Virumaa_algkoolid, lk 53
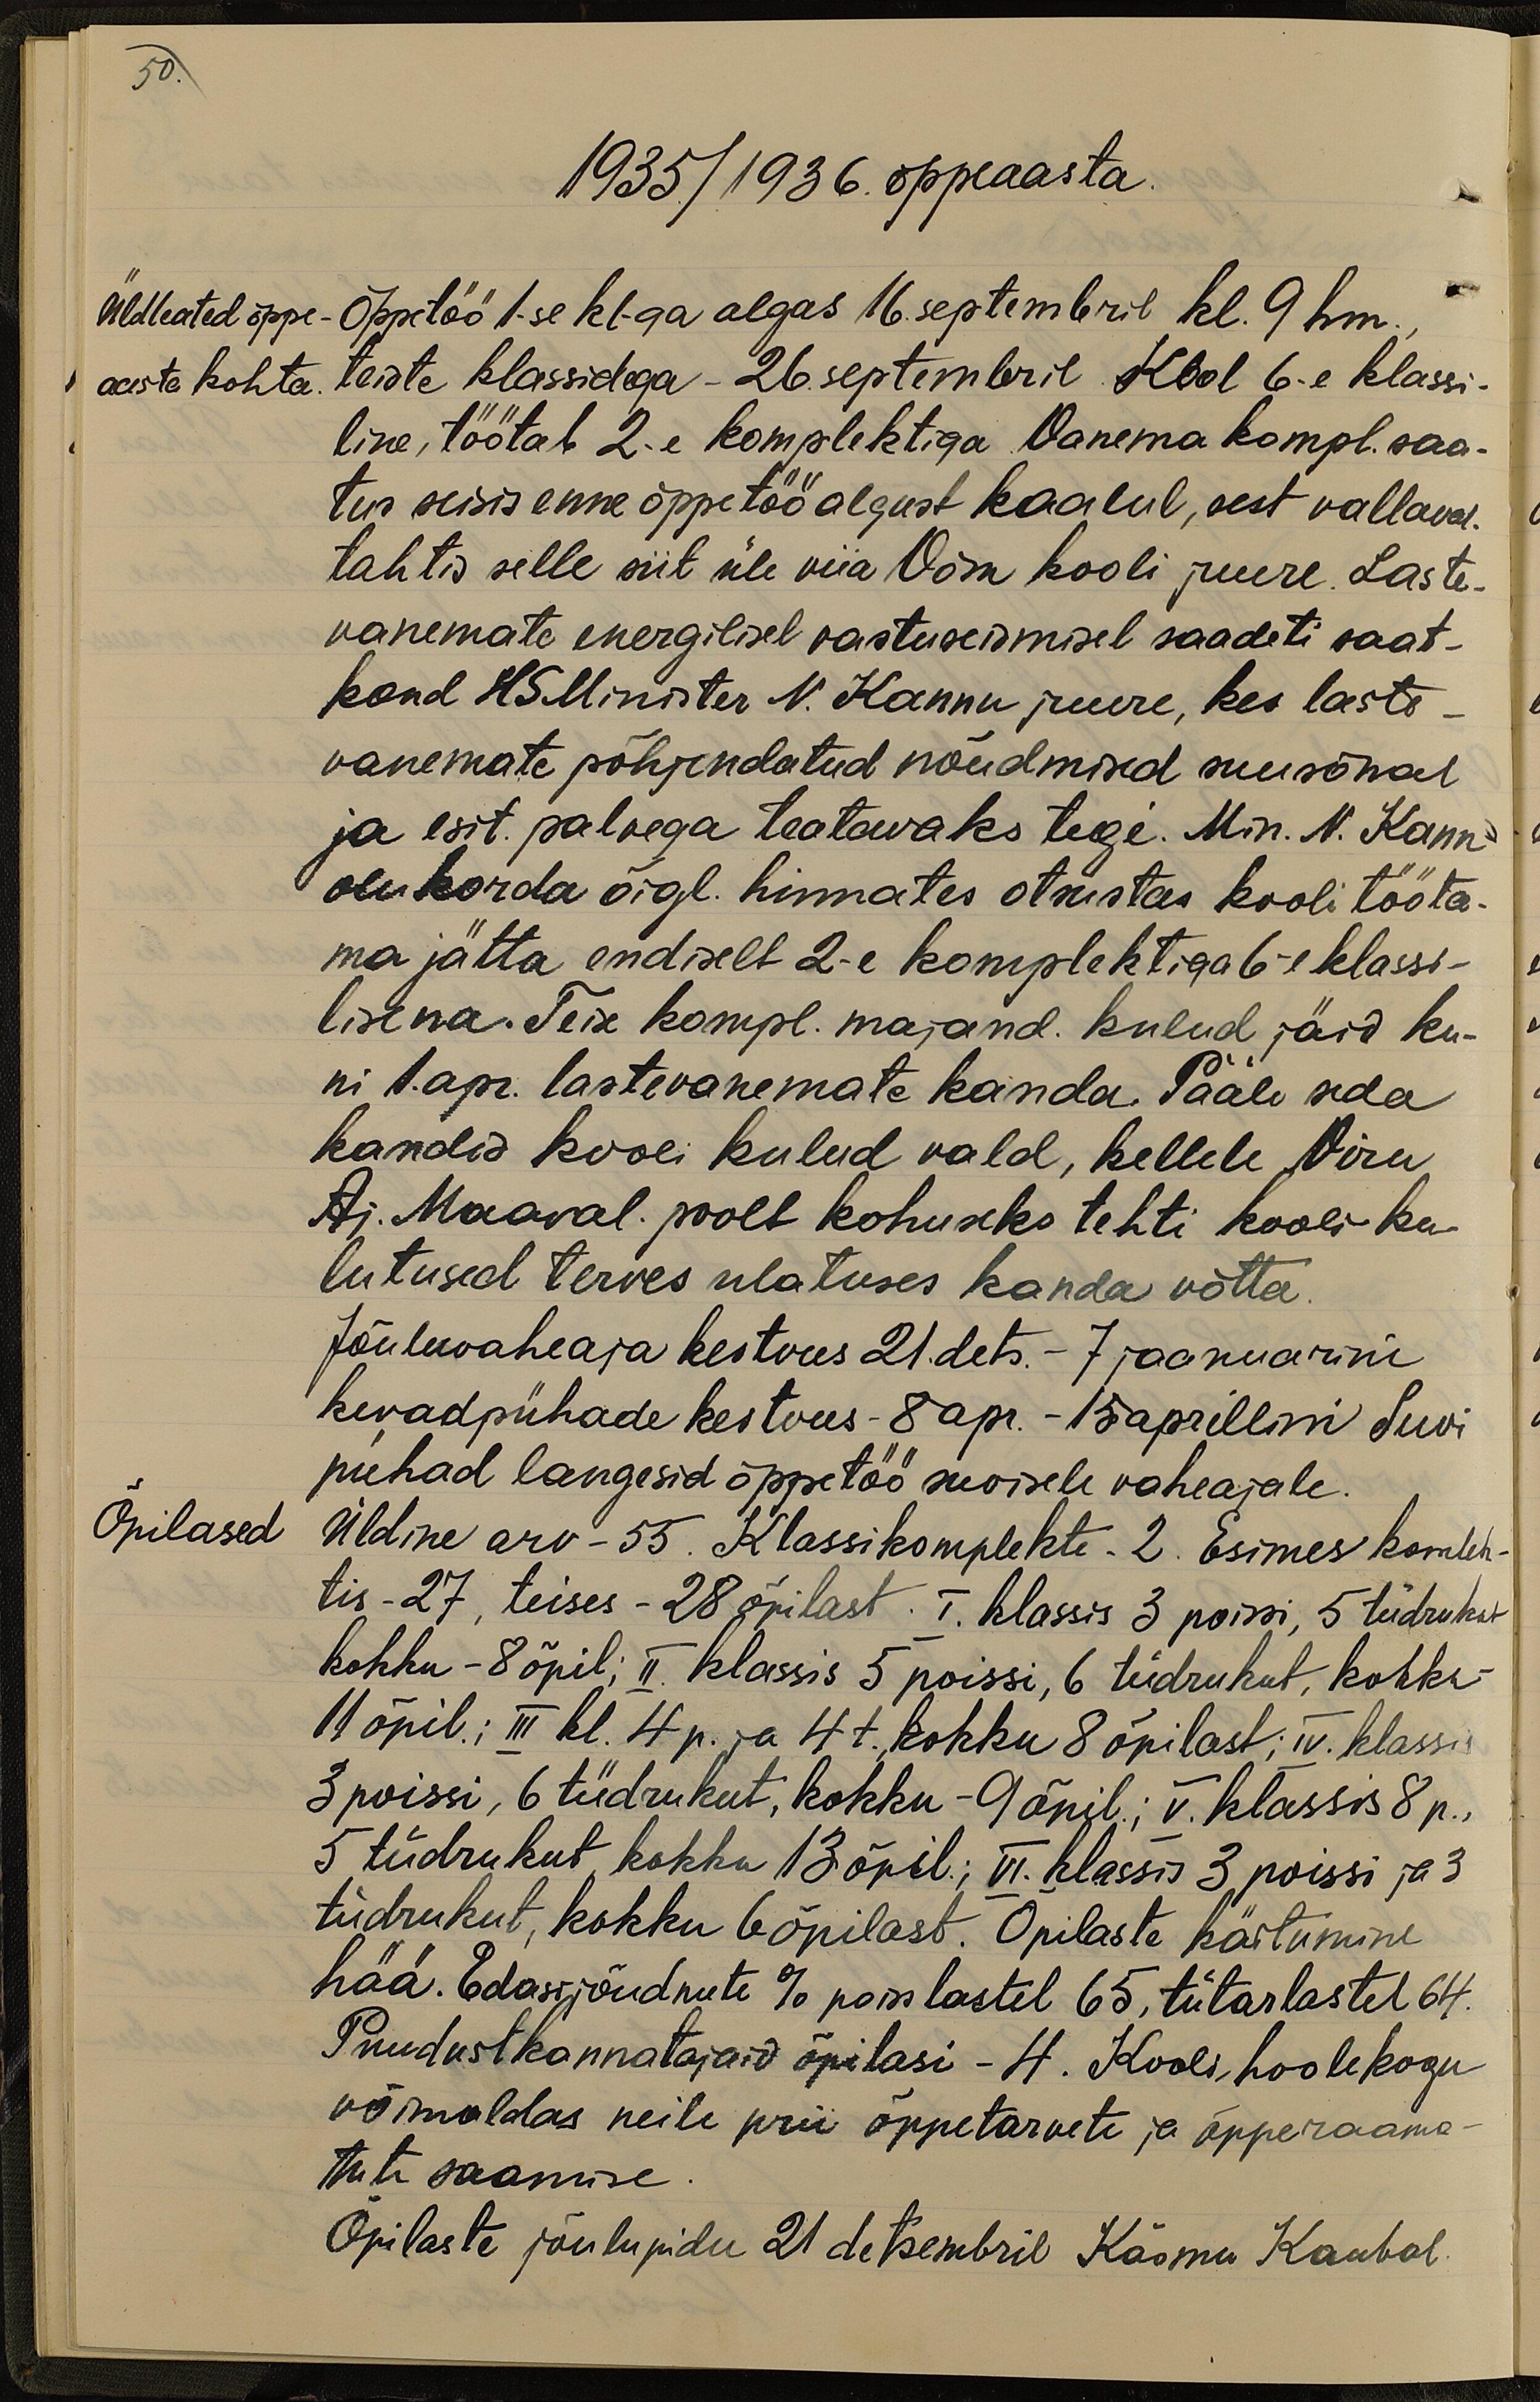
50.
1935/1936. õppeaasta.
Üldteated õppe-
Õppetöö 1-se kl.ga algas 16 septembril kl. 9 hm.
aasta kohta
teiste klassidega - 26 septembril Kool 6-e klassi-
line, töötab 2-e. komplektiga Vanema kompl. saa-
tus seisis enne õppetöö algust kaalul, sest vallaval.
tahtis selle siit üle viia Võsu kooli juure. Laste-
vanemate energilisel vastuseismisel saadeti saat-
kond HS Minister N. Kannu juure, kes laste
vanemate põhjendatud nõudmised suusõnal
ja esit. palvega teatavaks tegi. Min. N. Kann
olukorda õigl. hinnates otsustas kooli tööta-
ma jätta endiselt 2-e komplektiga 6-e klassi-
lisena. Teise kompl. majand. kulud jäid ku-
ni 1.apr. lastevanemate kanda. Pääle seda
kandis kooli kulud vald, kellele Viru
Aj. Maaval. poolt kohuseks tehti kooli ku-
lutused terves ulatuses kanda võtta.
Jõuluvaheaja kestvus 21. dets. - 7 jaanuarini
kevadpühade kestvus 8 apr. - 15 aprillini Suvi
pühad langesid õppetöö suvisele vaheajale.
Õpilased
Üldine arv - 55. Klassikomplekte 2. Esimes komlek-
tis - 27, teises - 28 õpilast. I. klassis 3 poissi, 5 tüdrukut
kokku - 8 õpil; II klassis 5 poissi, 6 tüdrukut, kokku -
11 õpil.; III kl. 4 p. ja 4 t., kokku 8 õpilast; IV. klassi
3 poissi, 6 tüdrukut, kokku - 9 õpil.; V. klassis 8 p.,
5 tüdrukut kokku 13 õpil.; VI. klassis 3 poissi ja 3
tüdrukut, kokku 6 õpilast. Õpilaste käitumine
hää. Edasijõudnute % poisslastel 65, tütarlastel 64.
Puudustkannatajaid õpilasi - 4. Kooli hoolekogu
võimaldas neile prii õppetarvete ja õpperaama-
tute saamise
Õpilaste jõulupidu 21 detsembril Käsmu Kaubal.